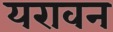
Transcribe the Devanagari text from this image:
यरावन